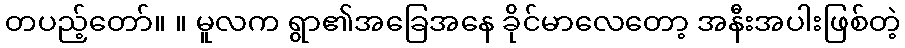
တပည့်တော်။ ။ မူလက ရွာ၏အခြေအနေ ခိုင်မာလေတော့ အနီးအပါးဖြစ်တဲ့